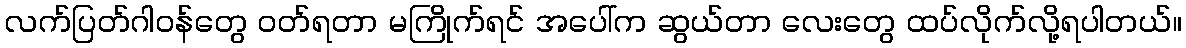
လက်ပြတ်ဂါဝန်တွေ ဝတ်ရတာ မကြိုက်ရင် အပေါ်က ဆွယ်တာ လေးတွေ ထပ်လိုက်လို့ရပါတယ်။